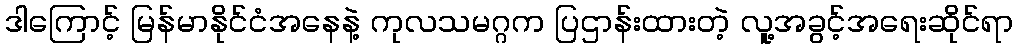
ဒါကြောင့် မြန်မာနိုင်ငံအနေနဲ့ ကုလသမဂ္ဂက ပြဌာန်းထားတဲ့ လူ့အခွင့်အရေးဆိုင်ရာ